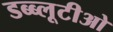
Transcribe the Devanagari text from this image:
डब्ब्लूटीओ